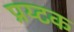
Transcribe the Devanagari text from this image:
प्रय्टक